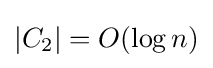
|C_{2}|=O(\log n)